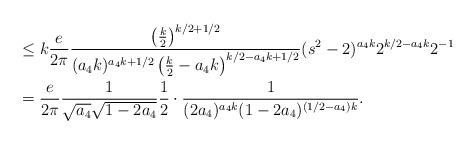
LaTeX: \begin{align*}& \leq k \frac{e}{2 \pi} \frac{\left( \frac{k}{2}\right)^{k/2 + 1/2} }{(a_4k)^{a_4k + 1/2} \left(\frac{k}{2}-a_4 k \right)^{k/2-a_4k+1/2} }(s^2-2)^{a_4k} 2^{k/2 - a_4 k} 2^{-1} \\&= \frac{e}{2 \pi}\frac{1}{\sqrt{a_4} \sqrt{1-2a_4}} \frac{1}{2} \cdot\frac{1}{(2a_4)^{a_4k} (1-2a_4)^{(1/2-a_4)k}}. \end{align*}